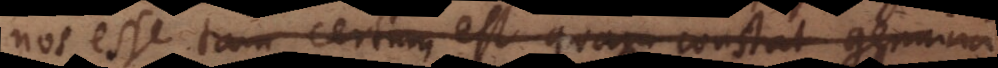
nos esse tam certum est quam constat genuina